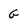
Character: G